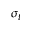
\sigma _ { t }